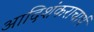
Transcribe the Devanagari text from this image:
आदिशंकराचार्य